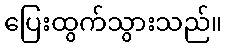
ပြေးထွက်သွားသည်။